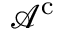
{ \mathcal { A } } ^ { \mathrm { c } }